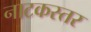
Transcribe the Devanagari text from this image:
नाटकस्तर